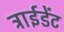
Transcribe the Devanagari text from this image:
ट्राईडेंट